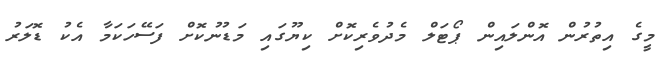
މީގެ އިތުރުން އޮންލައިން ޕޯޓަލް މެދުވެރިކޮށް ކިޔޫގައި މަޑުނުކޮށް ފަސޭހަކަމާ އެކު ޑޮލަރު